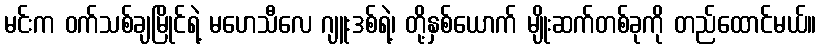
မင်းက ဝက်သစ်ချမြိုင်ရဲ့ မဟေသီလေ ဂျူးဒစ်ရဲ့၊ တို့နှစ်ယောက် မျိုးဆက်တစ်ခုကို တည်ထောင်မယ်။